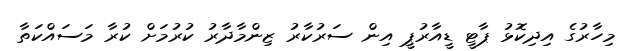
މިހާރުގެ އިދިކޮޅު ޕާޓީ ޑީއާރުޕީ އިން ސަރުކާރު ޒިންމާދާރު ކުރުމަށް ކުރާ މަަސައްކަތާ